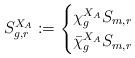
LaTeX: \begin{align*}S^{X_A}_{g,r}:=\begin{cases}\chi^{X_A}_gS_{m,r}&\\\bar\chi^{X_A}_gS_{m,r}&\end{cases}\end{align*}